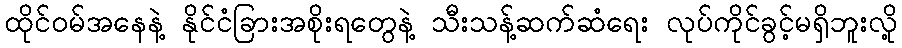
ထိုင်ဝမ်အနေနဲ့ နိုင်ငံခြားအစိုးရတွေနဲ့ သီးသန့်ဆက်ဆံရေး လုပ်ကိုင်ခွင့်မရှိဘူးလို့